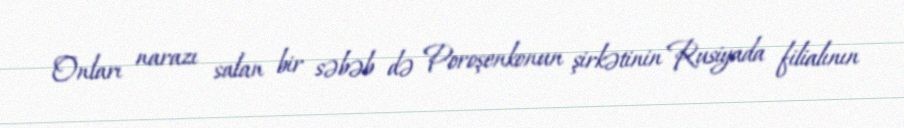
Onları narazı salan bir səbəb də Poroşenkonun şirkətinin Rusiyada filialının